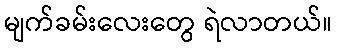
မျက်ခမ်းလေးတွေ ရဲလာတယ်။